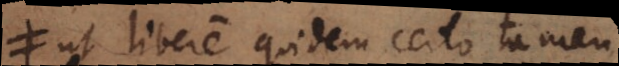
ut libere quidem certo tamen